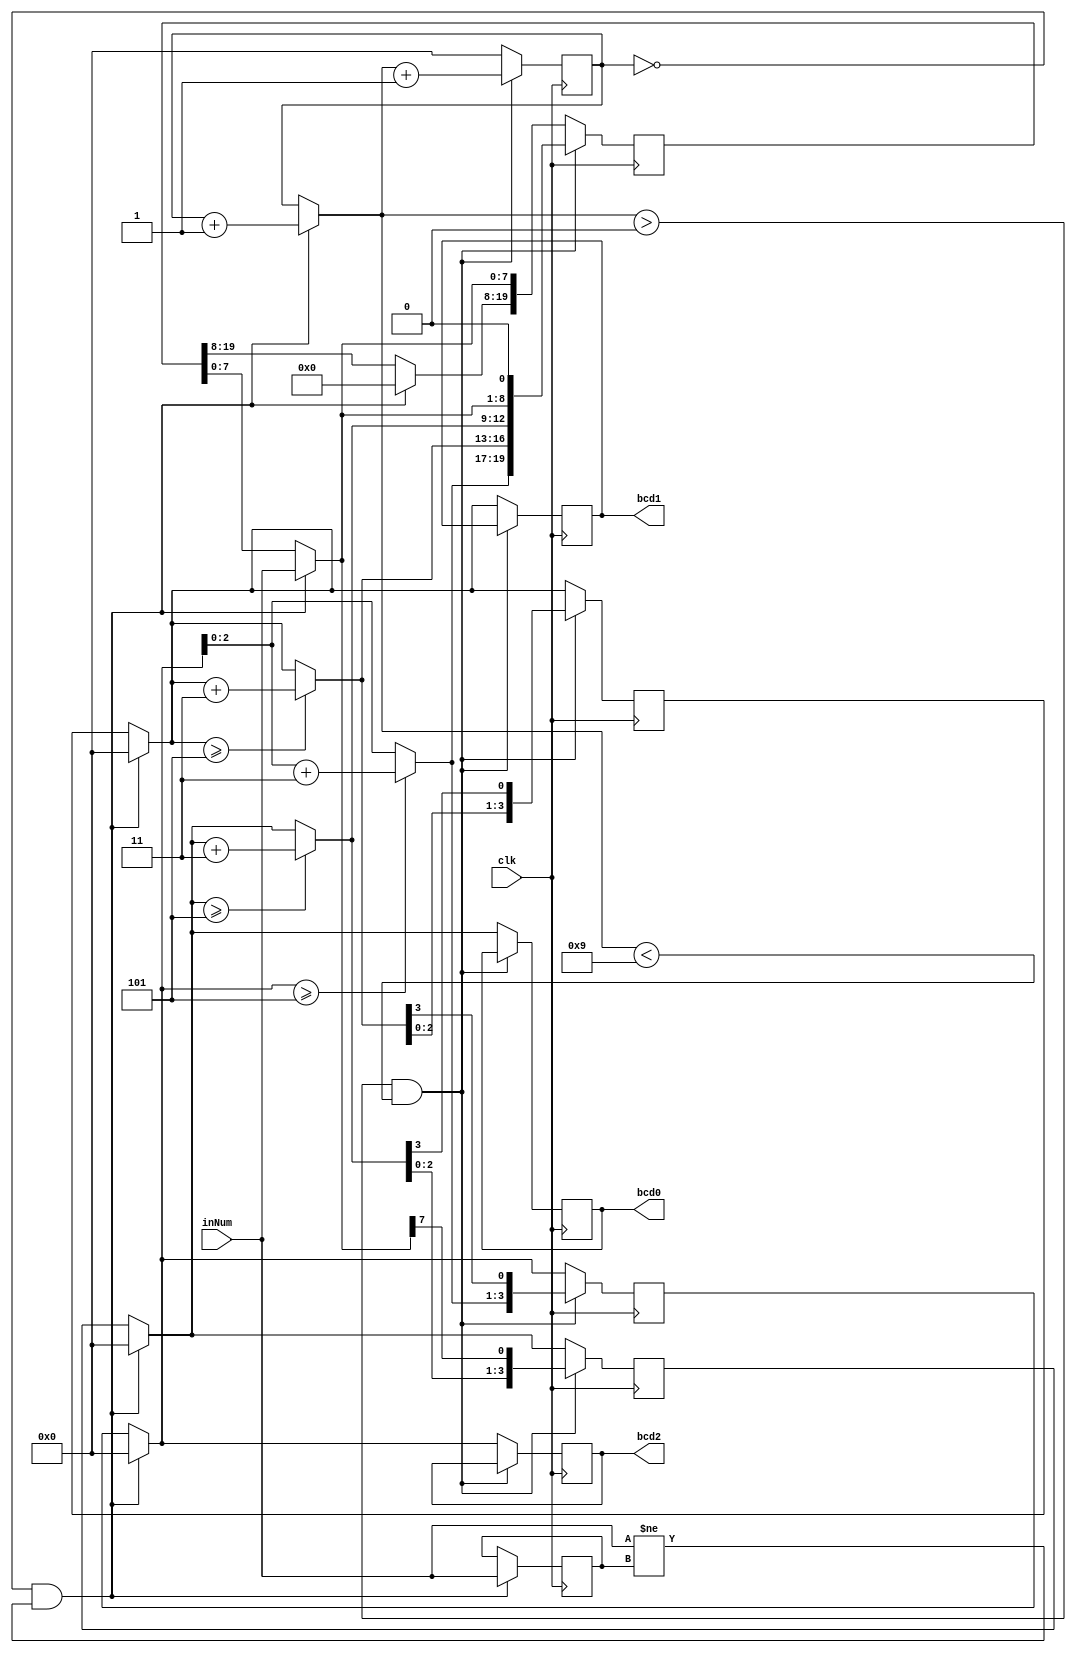
`timescale 1ns / 1ps
//////////////////////////////////////////////////////////////////////////////////
// Company: 
// 
// Design Name: 
// Module Name: BinarytoBCD_s
// Project Name: 
// Target Devices: 
// Tool Versions: 
// Description: Converts the binary input into 12 bit BCD 
// 
// Dependencies: 
// 
// Revision:
// Revision 0.01 - File Created
// Additional Comments:
// 
//////////////////////////////////////////////////////////////////////////////////


module BinarytoBCD_s(bcd0, bcd1, bcd2, inNum, clk);

    output reg [3:0] bcd0, bcd1, bcd2;                              //ones, tens, and hundreds 

    input [7:0] inNum;                                              //input binary 
    input clk; 

    reg [3:0] n, bcd0_temp, bcd1_temp, bcd2_temp = 0;
    reg [7:0] inNum_init = 0; 
    reg [19:0] shiftReg = 0;                                        //min required bits for reg; 8 for binary + 12 for bcd 

    always @(posedge clk) begin
        if (n == 0 && (inNum != inNum_init)) begin                  //second cond means you only enter this if at the start 
            shiftReg = 20'b0; 
            inNum_init = inNum; 
            shiftReg[7:0] = inNum;                                  //set first to eighth bits to input number 
            bcd0_temp = shiftReg[11:8];                             //ones
            bcd1_temp = shiftReg[15:12];                            //tens
            bcd2_temp = shiftReg[19:16];                            //hundreds
            n = n + 1;      
        end
        if (n > 0 && n < 9) begin                                   //8 shifts for 8 bits
            if(bcd0_temp >= 5) 
                bcd0_temp = bcd0_temp + 3;                          //check if any of the bcd blocks are >= 5 if so add 3
            if(bcd1_temp >= 5)
                bcd1_temp = bcd1_temp + 3; 
            if(bcd2_temp >= 5) 
                bcd2_temp = bcd2_temp + 3; 
            shiftReg[19:8] = {bcd2_temp, bcd1_temp, bcd0_temp};     // set shift reg to new values if >= 5 condition met
            shiftReg = shiftReg << 1;                               // "<<" shift operator, shifts the bits left by the value on the right side; in this case 1 bit shift to the left 
            bcd0_temp = shiftReg[11:8];                             //ones
            bcd1_temp = shiftReg[15:12];                            //tens
            bcd2_temp = shiftReg[19:16];                            //hundreds; setting our temp values to new values to be checked again
            n = n + 1;    
        end 
        else begin 
                bcd0 = bcd0_temp;                                   //set the three                   
                bcd1 = bcd1_temp; 
                bcd2 = bcd2_temp; 
                n = 0;
        end     
    end

endmodule